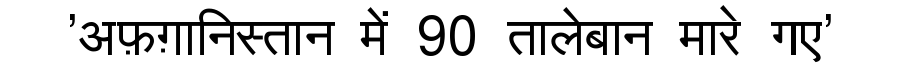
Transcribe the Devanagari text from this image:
'अफ़ग़ानिस्तान में 90 तालेबान मारे गए'